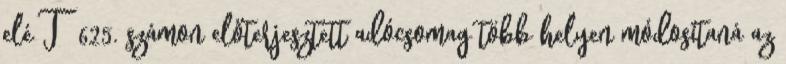
elé T 625. számon előterjesztett adócsomag több helyen módosítaná az